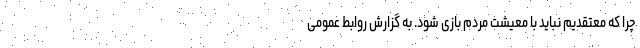
چرا که معتقدیم نباید با معیشت مردم بازی شود. به گزارش روابط عمومی